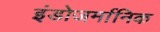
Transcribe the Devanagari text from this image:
इंडोजर्मानिक